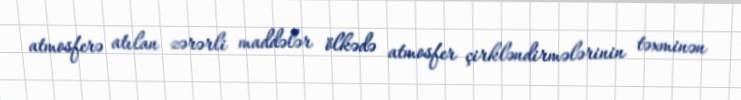
atmosferə atılan zərərli maddələr ölkədə atmosfer çirkləndirmələrinin təxminən